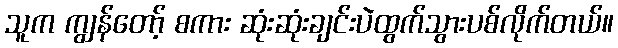
သူက ကျွန်တော့် စကား ဆုံးဆုံးချင်းပဲထွက်သွားပစ်လိုက်တယ်။